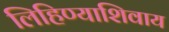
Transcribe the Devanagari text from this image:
लिहिण्याशिवाय